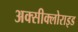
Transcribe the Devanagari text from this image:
अक्‍सीक्‍लोराइड